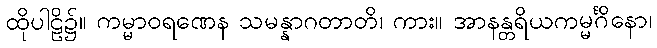
ထိုပါဠိ၌။ ကမ္မာဝရဏေန သမန္နာဂတာတိ၊ ကား။ အာနန္တရိယကမ္မင်္ဂိနော၊